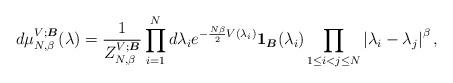
LaTeX: \begin{align*}d\mu_{N, \beta}^{V;\boldsymbol{B}}(\lambda)=\frac{1}{Z_{N, \beta}^{V;\boldsymbol{B}}}\prod_{i=1}^{N}d\lambda_{i}e^{-\frac{N\beta}{2}V(\lambda_{i})}\mathbf{1}_{\boldsymbol{B}}(\lambda_{i})\prod_{1\leq i<j\leq N}\left|\lambda_{i}-\lambda_{j}\right|^{\beta}, \end{align*}